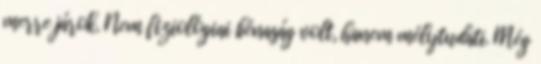
merre járok. Nem fiziológiai bénaság volt, hanem mélytudati. Még